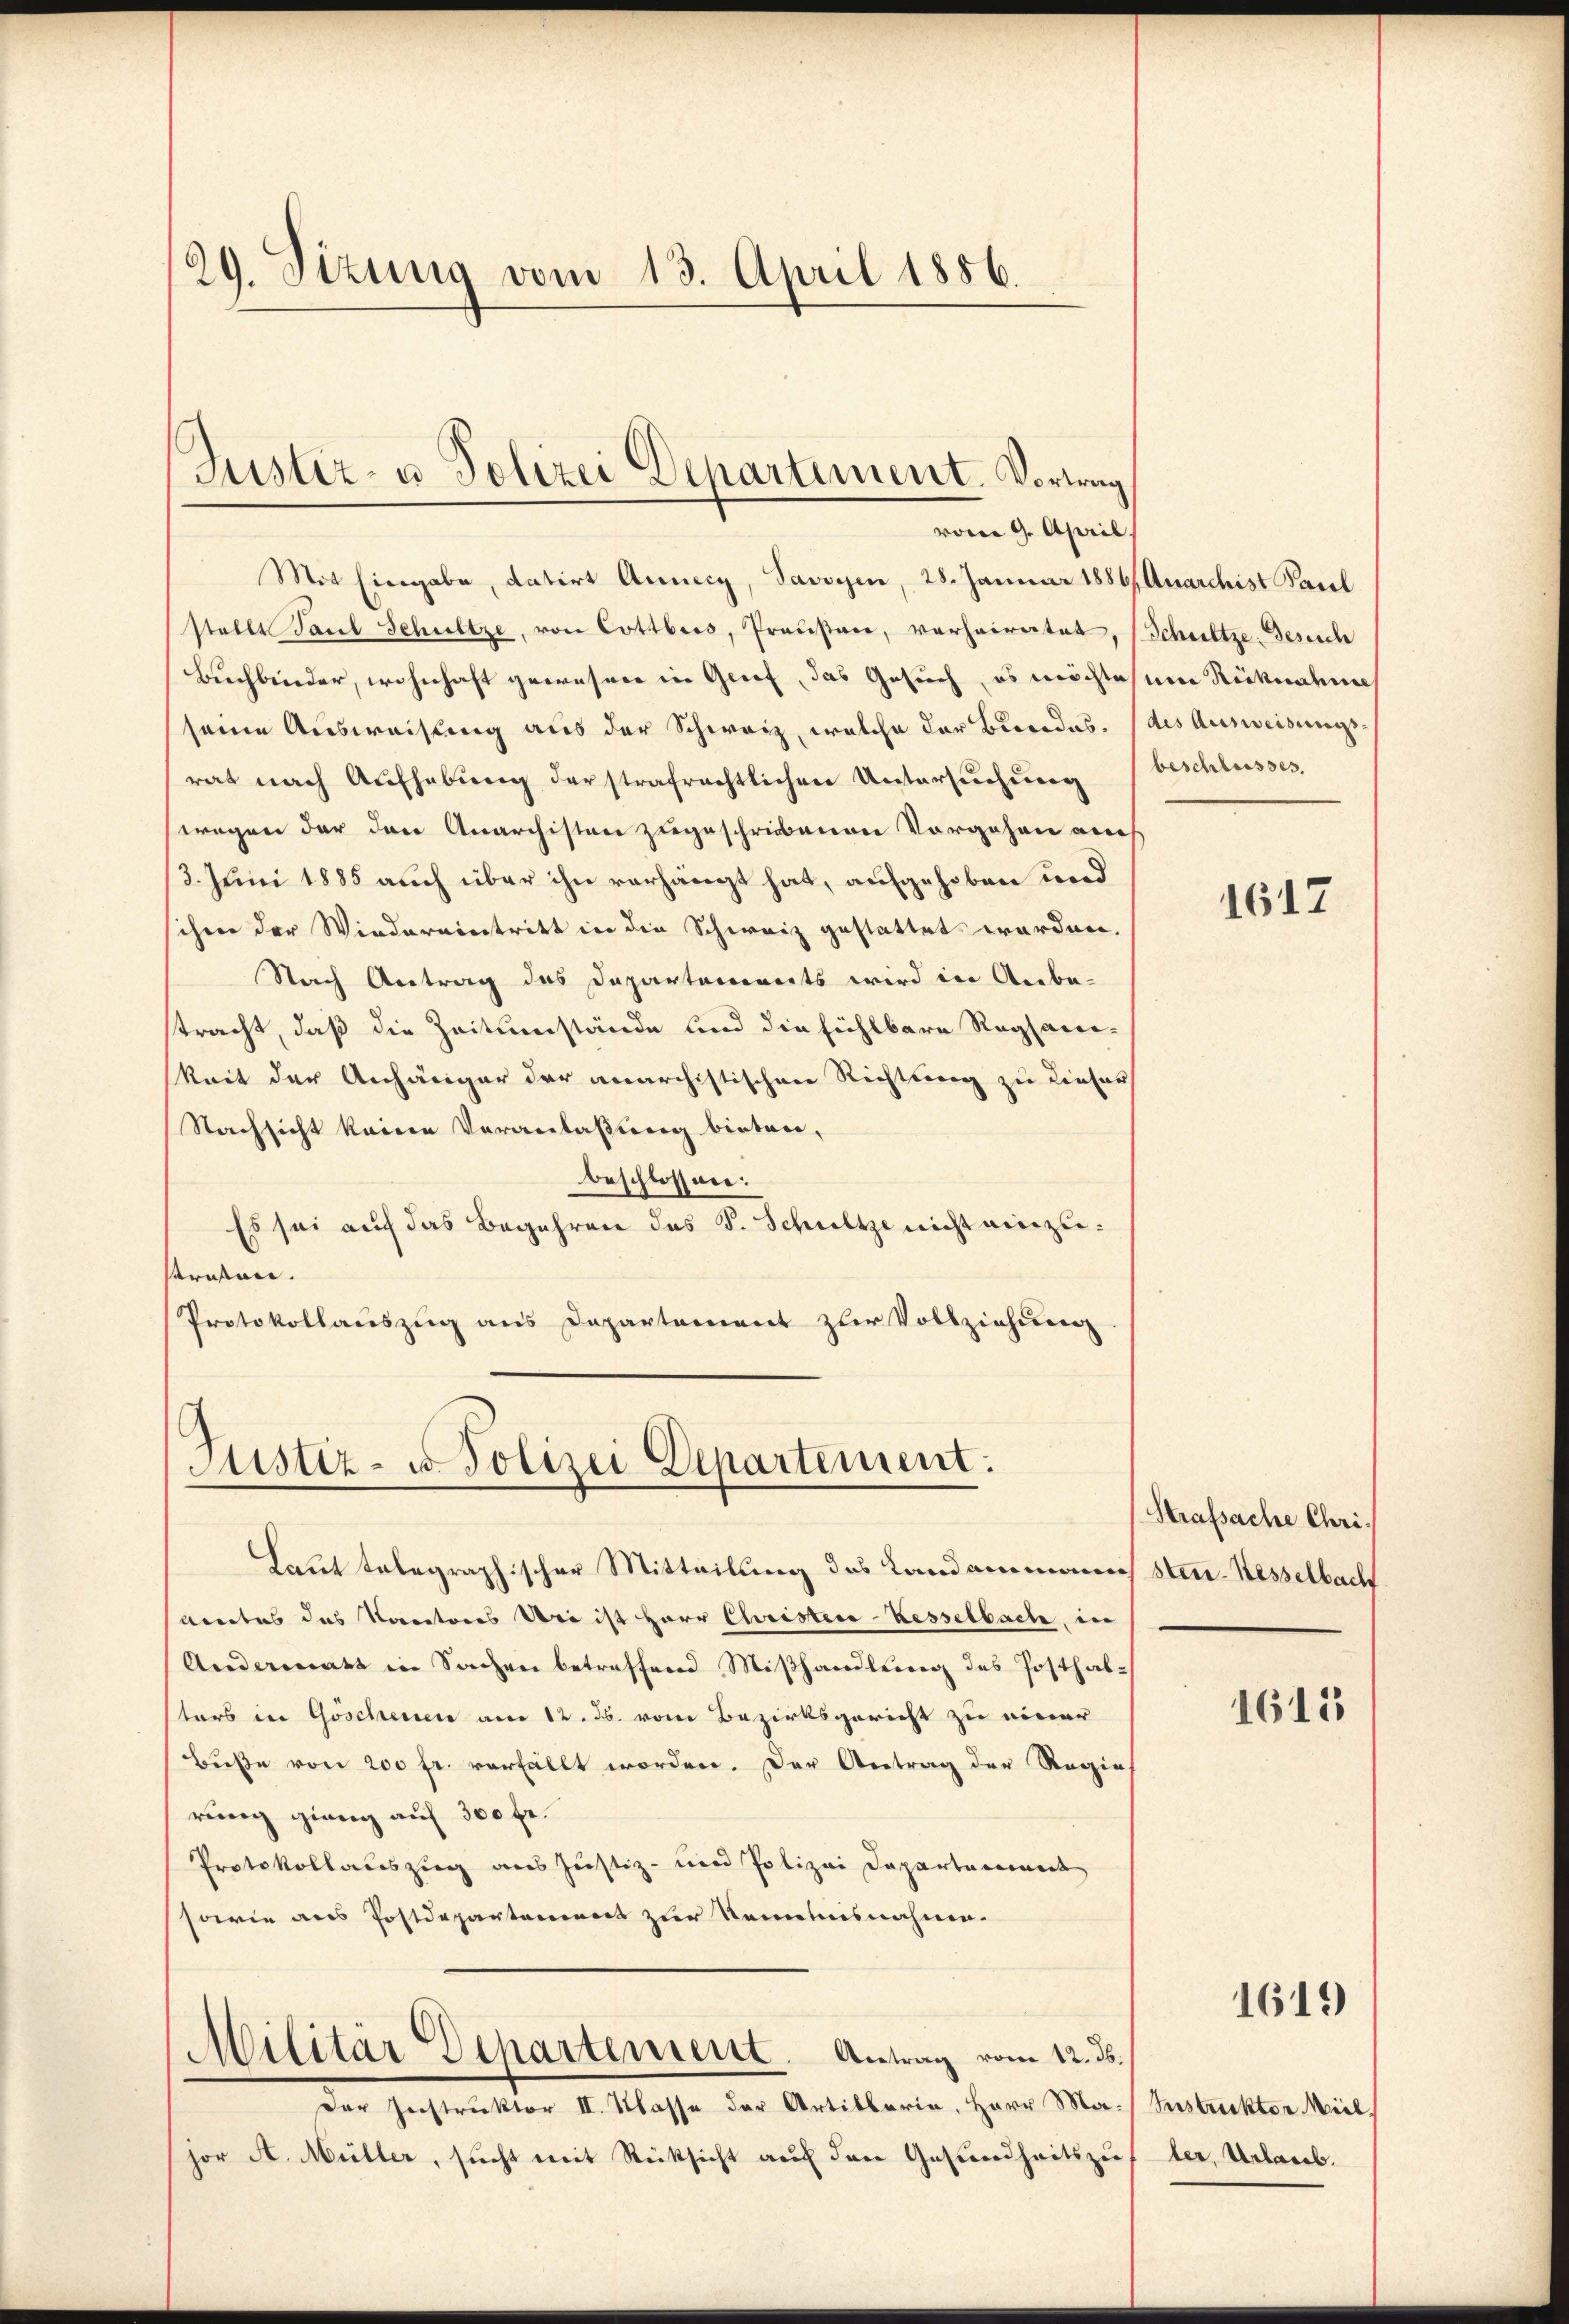
29. Sizung vom 13. April 1886.

Mit Eingabe, datirt Anny, Savoyen, 28. Januar 1886 Anarchist Paul
stalle Paul Schultze, von Cottbus, Praŭsan, verheiratet,
Buchbinder, wohnhaft gewesner in Grief, das Gesuch, es möchtes um Rücknahme
seine Ausweisung aus der Schweiz, welche der Beredes. (des Ausweisungsrat nach Aufhebung der strafrechtlichen Untersuchung
wegen der den Anarchisten zugeschriebenen Vorgehen auch
3. Juni 1885 auch über ihn verhängt hat, aufgehoben und
schen der Wiedereintritt in die Schweiz gestattet worden.
Nach Antrag des Departements wird in Anbe-
stracht, daß die Zeitumstände und die fühlbare Regsamikeit der Anhänger der anarchistischen Richtung zu Lieser
Nachsicht keine Veranlaßung bieten,
beschlossen:
Es sei auf das Begehren des S. Schultze nicht einzusrufen.
Protokollauszug aus Departement zur Vollziehung

Tuster- u Polizei Departiment. Vortrag
vom 9. April

Justiz- u. Polizei Departement:

Laut telegraphischer Mitteilung des Landammanns Sten-Kesselbach
breites das Korectores Uri ist Herr Christice-Kesselbach, in
Andermatt in Sachen betreffend Mißhandlung des Posthaltors in Göscheinen am 12. ds. vom Bezirksgericht zu einer
Buße von 200 fr. verfällt worden. Der Antrag der Regie
rung gieng auf 300 fr.
Protokollauszug aus Justiz- und Polizei Departement
sowie aus Postdepartement zur Kemnisnahme.
Militär Departement. Antrag vom 12. ds.
Der Instruktor II. Klasse der Artibbarin, Herr Ma- Instrektor Miel,
jor A. Müller, sucht mit Rücksicht auf den Gesundheitszuster, Urlaub.

Schultze-Gesuch
beschlusses.

1617

Strafsache Chri

1615

1619